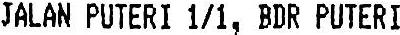
JALAN PUTERI 1/1, BDR PUTERI